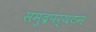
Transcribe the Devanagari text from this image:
समुद्रपर्यटन